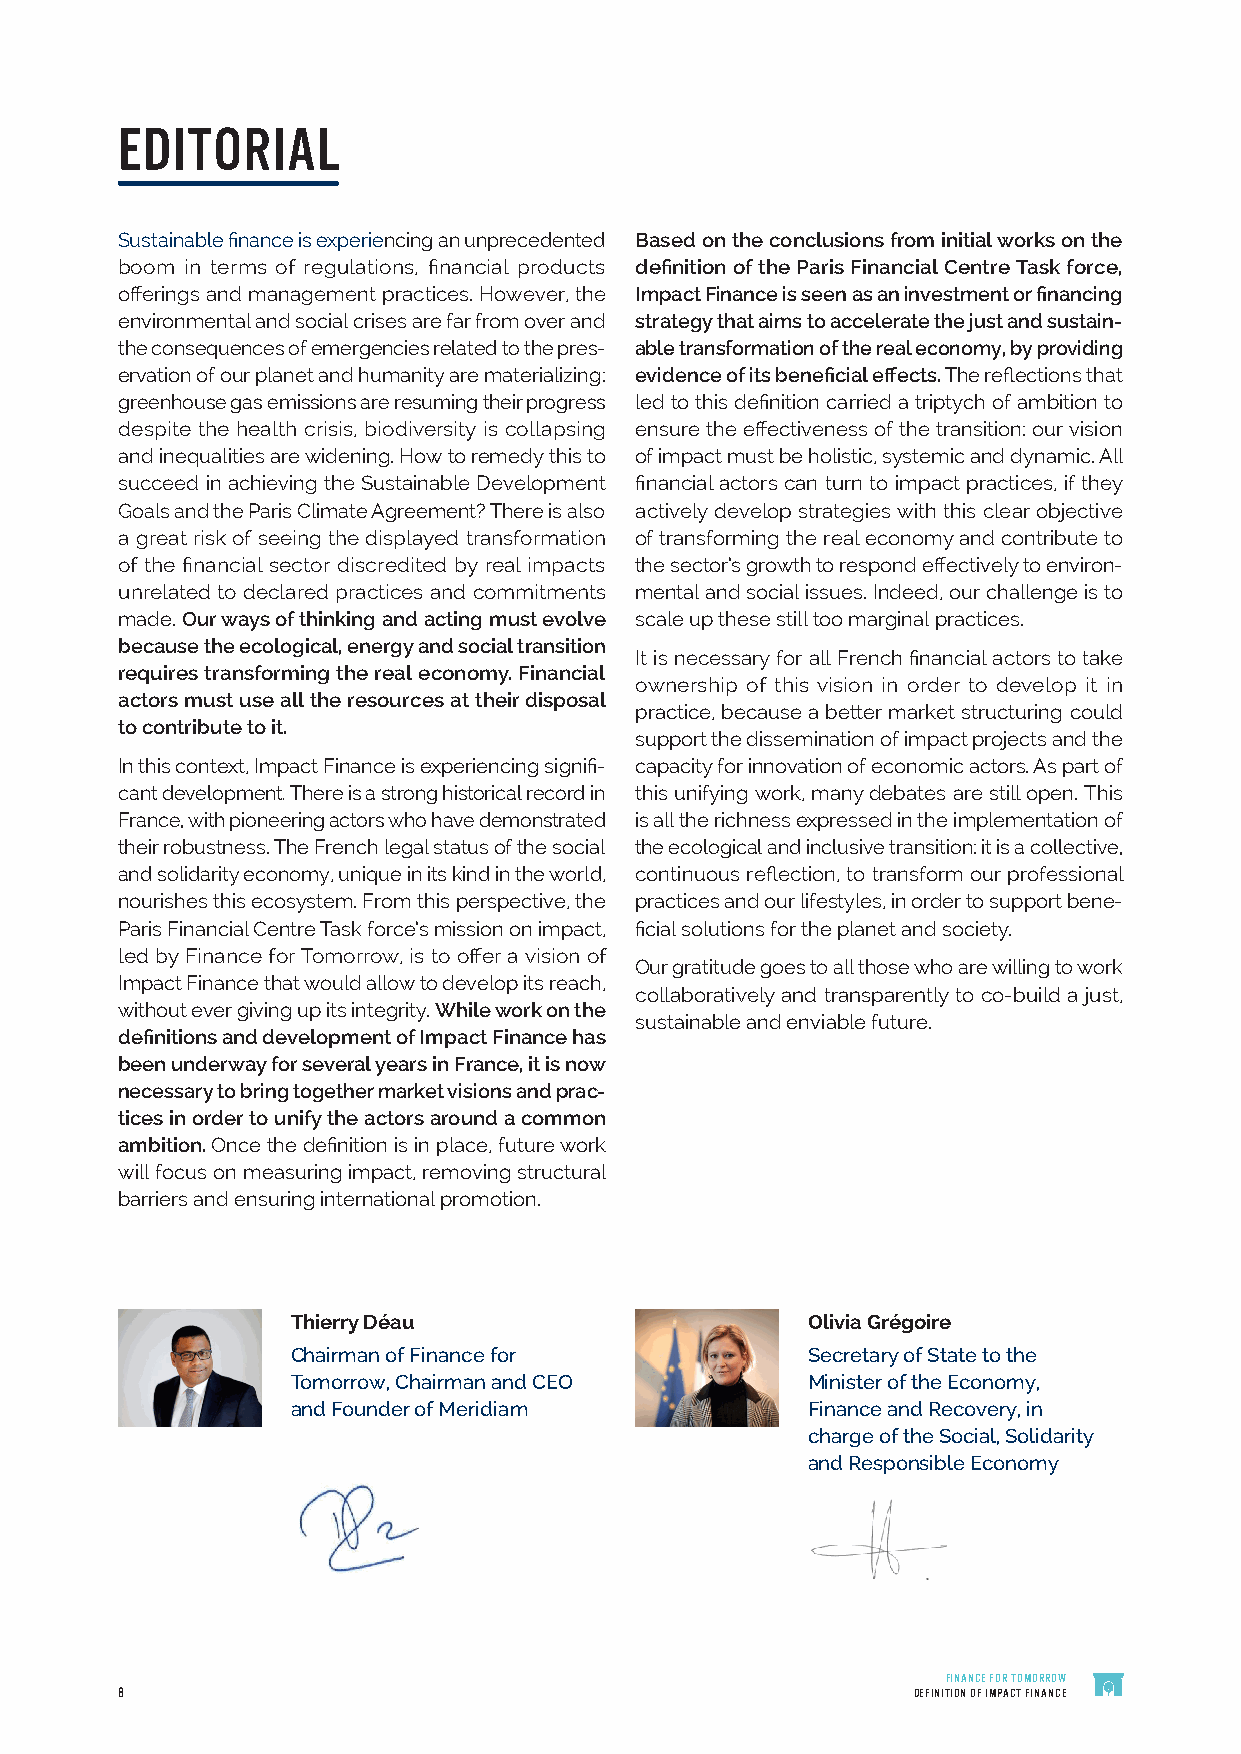
EDITORIAL
 Sustainable finance is experiencing an unprecedented Based on the conclusions from initial works on the
 boom in terms of regulations, financial products definition of the Paris Financial Centre Task force,
 offerings and management practices. However, the Impact Finance is seen as an investment or financing
 environmental and social crises are far from over and strategy that aims to accelerate the just and sustain-
 the consequences of emergencies related to the pres- able transformation of the real economy, by providing
 ervation of our planet and humanity are materializing: evidence of its beneficial effects. The reflections that
 greenhouse gas emissions are resuming their progress led to this definition carried a triptych of ambition to
 despite the health crisis, biodiversity is collapsing ensure the effectiveness of the transition: our vision
 and inequalities are widening. How to remedy this to of impact must be holistic, systemic and dynamic. All
 succeed in achieving the Sustainable Development financial actors can turn to impact practices, if they
 Goals and the Paris Climate Agreement? There is also actively develop strategies with this clear objective
 a great risk of seeing the displayed transformation of transforming the real economy and contribute to
 of the financial sector discredited by real impacts the sector’s growth to respond effectively to environ-
 unrelated to declared practices and commitments mental and social issues. Indeed, our challenge is to
 made. Our ways of thinking and acting must evolve scale up these still too marginal practices.
 because the ecological, energy and social transition
 It is necessary for all French financial actors to take
 requires transforming the real economy. Financial
 ownership of this vision in order to develop it in
 actors must use all the resources at their disposal
 practice, because a better market structuring could
 to contribute to it.
 support the dissemination of impact projects and the
 In this context, Impact Finance is experiencing signifi- capacity for innovation of economic actors. As part of
 cant development. There is a strong historical record in this unifying work, many debates are still open. This
 France, with pioneering actors who have demonstrated is all the richness expressed in the implementation of
 their robustness. The French legal status of the social the ecological and inclusive transition: it is a collective,
 and solidarity economy, unique in its kind in the world, continuous reflection, to transform our professional
 nourishes this ecosystem. From this perspective, the practices and our lifestyles, in order to support bene-
 Paris Financial Centre Task force’s mission on impact, ficial solutions for the planet and society.
 led by Finance for Tomorrow, is to offer a vision of
 Our gratitude goes to all those who are willing to work
 Impact Finance that would allow to develop its reach,
 collaboratively and transparently to co-build a just,
 without ever giving up its integrity. While work on the
 sustainable and enviable future.
 definitions and development of Impact Finance has
 been underway for several years in France, it is now
 necessary to bring together market visions and prac-
 tices in order to unify the actors around a common
 ambition. Once the definition is in place, future work
 will focus on measuring impact, removing structural
 barriers and ensuring international promotion.
 Thierry Déau                      Olivia Grégoire
 Chairman of Finance for           Secretary of State to the
 Tomorrow, Chairman and CEO        Minister of the Economy,
 and Founder of Meridiam           Finance and Recovery, in
 charge of the Social, Solidarity
 and Responsible Economy
 FINANCE FOR TOMORROW
 8                                                   DEFINITION OF IMPACT FINANCE